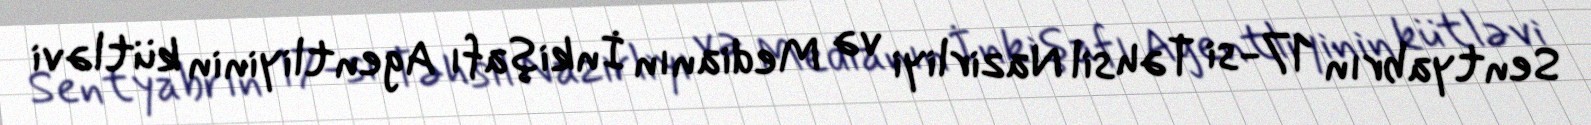
Sentyabrın 17-si Təhsil Nazirliyi və Medianın İnkişafı Agentliyinin kütləvi